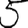
Digit: 5